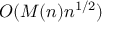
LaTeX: O ( M ( n ) n ^ { 1 / 2 } )